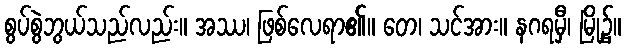
စွပ်စွဲဘွယ်သည်လည်း။ အဿ၊ ဖြစ်လေရာ၏။ တေ၊ သင်အား။ နဂရမှီ၊ မြို့၌။